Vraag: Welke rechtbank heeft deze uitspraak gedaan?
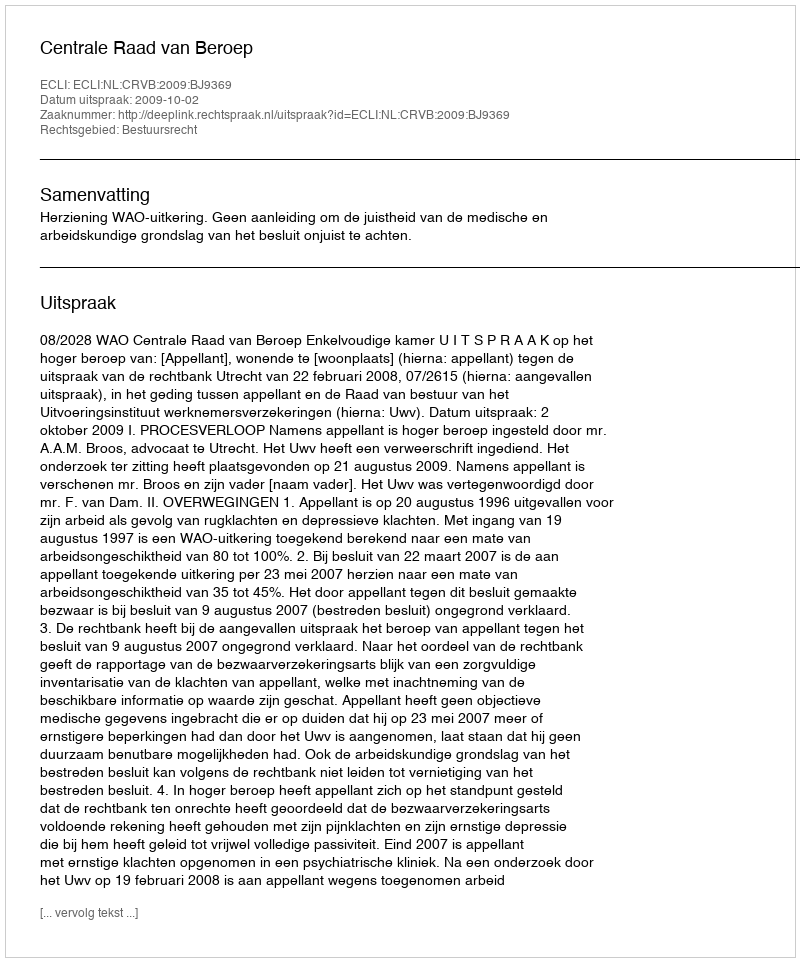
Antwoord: Centrale Raad van Beroep